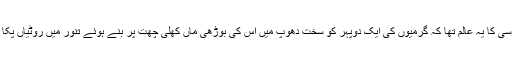
گلزار کے والدین کی کسمپرسی کا یہ عالم تھا کہ گرمیوں کی ایک دوپہر کو سخت دھوپ میں اس کی بوڑھی ماں کھلی چھت پر بنے ہوئے تنور میں روٹیاں پکا رہی تھی کہ اسے چکر آیا ۔